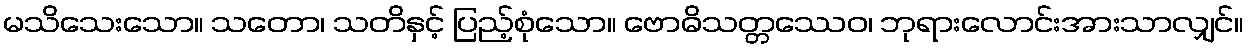
မသိသေးသော။ သတော၊ သတိနှင့် ပြည့်စုံသော။ ဗောဓိသတ္တဿေဝ၊ ဘုရားလောင်းအားသာလျှင်။